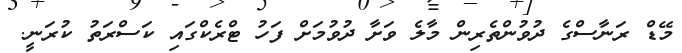
މޭޑް ރަނާސްގެ ދުވުންތެރިން މާލެ ވަށާ ދުވުމަށް ފަހު ޓްރެކްގައި ކަސްރަތު ކުރަނީ.